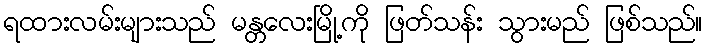
ရထားလမ်းများသည် မန္တလေးမြို့ကို ဖြတ်သန်း သွားမည် ဖြစ်သည်။